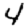
Digit: 4